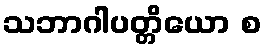
သဘာဂါပတ္တိယော စ